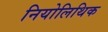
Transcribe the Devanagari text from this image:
नियोलिथिक